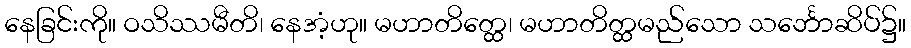
နေခြင်းကို။ ဝသိဿမီတိ၊ နေအံ့ဟု။ မဟာတိတ္ထေ၊ မဟာတိတ္ထမည်သော သင်္ဘောဆိပ်၌။